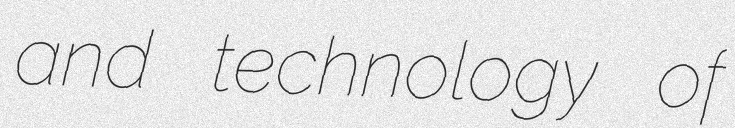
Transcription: and technology of